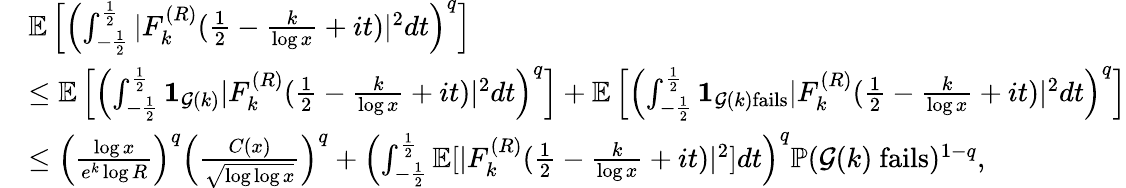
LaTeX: \begin{array}{rl}&{\mathbb E\left[\left(\int_{-\frac{1}{2}}^{\frac{1}{2}}|F_{k}^{(R)}(\frac{1}{2}-\frac{k}{\log x}+it)|^{2}dt\right)^{q}\right]}\\ &{\le\mathbb E\left[\left(\int_{-\frac{1}{2}}^{\frac{1}{2}}\mathbf{1}_{\mathcal{G}(k)}|F_{k}^{(R)}(\frac{1}{2}-\frac{k}{\log x}+it)|^{2}dt\right)^{q}\right]+\mathbb E\left[\left(\int_{-\frac{1}{2}}^{\frac{1}{2}}\mathbf{1}_{\mathcal{G}(k)\mathrm{fails}}|F_{k}^{(R)}(\frac{1}{2}-\frac{k}{\log x}+it)|^{2}dt\right)^{q}\right]}\\ &{\le\left(\frac{\log x}{e^{k}\log R}\right)^{q}\Big(\frac{C(x)}{\sqrt{\log\log x}}\Big)^{q}+\left(\int_{-\frac{1}{2}}^{\frac{1}{2}}\mathbb E[|F_{k}^{(R)}(\frac{1}{2}-\frac{k}{\log x}+it)|^{2}]dt\right)^{q}\mathbb P(\mathcal{G}(k)~\mathrm{fails})^{1-q},}\end{array}